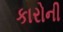
કારોની